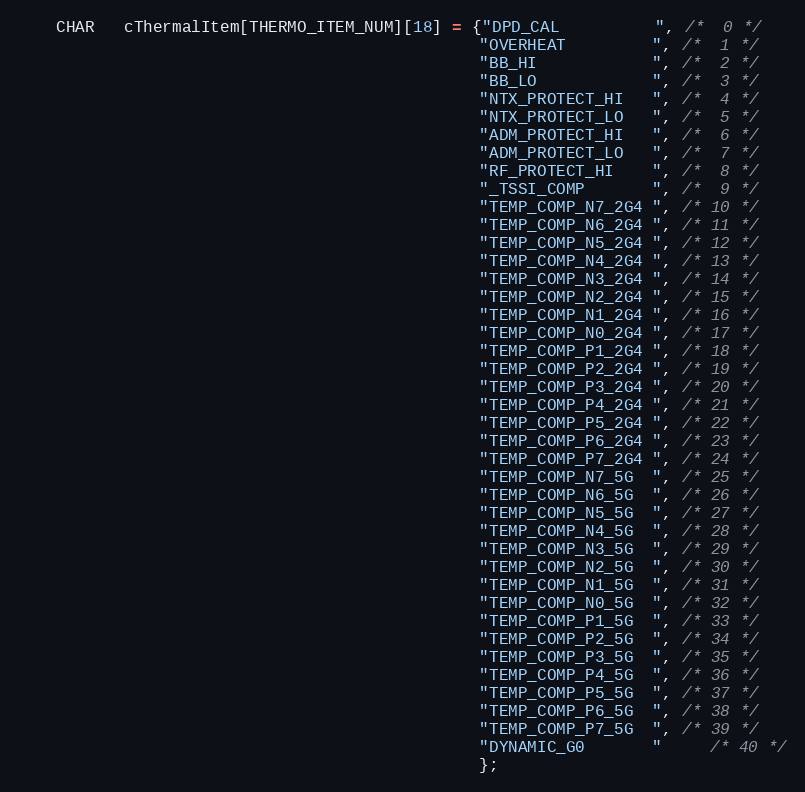
Language: C
	CHAR   cThermalItem[THERMO_ITEM_NUM][18] = {"DPD_CAL          ", /*  0 */
												"OVERHEAT         ", /*  1 */
												"BB_HI            ", /*  2 */
												"BB_LO            ", /*  3 */
												"NTX_PROTECT_HI   ", /*  4 */
												"NTX_PROTECT_LO   ", /*  5 */
												"ADM_PROTECT_HI   ", /*  6 */
												"ADM_PROTECT_LO   ", /*  7 */
												"RF_PROTECT_HI    ", /*  8 */
												"_TSSI_COMP       ", /*  9 */
												"TEMP_COMP_N7_2G4 ", /* 10 */
												"TEMP_COMP_N6_2G4 ", /* 11 */
												"TEMP_COMP_N5_2G4 ", /* 12 */
												"TEMP_COMP_N4_2G4 ", /* 13 */
												"TEMP_COMP_N3_2G4 ", /* 14 */
												"TEMP_COMP_N2_2G4 ", /* 15 */
												"TEMP_COMP_N1_2G4 ", /* 16 */
												"TEMP_COMP_N0_2G4 ", /* 17 */
												"TEMP_COMP_P1_2G4 ", /* 18 */
												"TEMP_COMP_P2_2G4 ", /* 19 */
												"TEMP_COMP_P3_2G4 ", /* 20 */
												"TEMP_COMP_P4_2G4 ", /* 21 */
												"TEMP_COMP_P5_2G4 ", /* 22 */
												"TEMP_COMP_P6_2G4 ", /* 23 */
												"TEMP_COMP_P7_2G4 ", /* 24 */
												"TEMP_COMP_N7_5G  ", /* 25 */
												"TEMP_COMP_N6_5G  ", /* 26 */
												"TEMP_COMP_N5_5G  ", /* 27 */
												"TEMP_COMP_N4_5G  ", /* 28 */
												"TEMP_COMP_N3_5G  ", /* 29 */
												"TEMP_COMP_N2_5G  ", /* 30 */
												"TEMP_COMP_N1_5G  ", /* 31 */
												"TEMP_COMP_N0_5G  ", /* 32 */
												"TEMP_COMP_P1_5G  ", /* 33 */
												"TEMP_COMP_P2_5G  ", /* 34 */
												"TEMP_COMP_P3_5G  ", /* 35 */
												"TEMP_COMP_P4_5G  ", /* 36 */
												"TEMP_COMP_P5_5G  ", /* 37 */
												"TEMP_COMP_P6_5G  ", /* 38 */
												"TEMP_COMP_P7_5G  ", /* 39 */
												"DYNAMIC_G0       "	 /* 40 */
												};